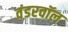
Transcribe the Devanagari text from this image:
वंडरवॉल